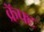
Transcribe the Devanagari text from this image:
क्रॅफ्ट